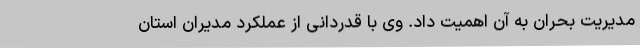
مدیریت بحران به آن اهمیت داد. وی با قدردانی از عملکرد مدیران استان